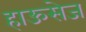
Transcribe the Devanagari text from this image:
हाऊसेज